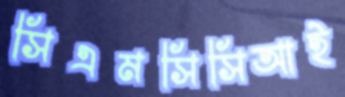
সিএমসিসিআই